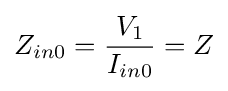
Z_{in0}={\frac {V_{1}}{I_{in0}}}=Z